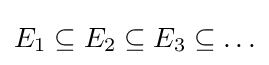
E_{1}\subseteq E_{2}\subseteq E_{3}\subseteq \ldots